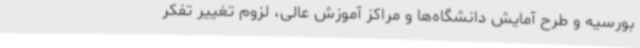
بورسیه و طرح آمایش دانشگاه‌ها و مراکز آموزش عالی، لزوم تغییر تفکر